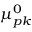
\ensuremath { \, \mu ^ { 0 } } _ { p k }